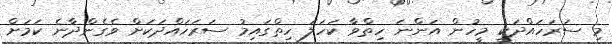
މި ސަރަހައްދަކީ މީހުން އަންނަ ހިތްވާ ކަހަލަ ހިތްގައިމު ސަރަހައްދަކަށް ވެގެންދާނެ ކަމަށް